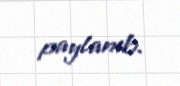
paylanıb.